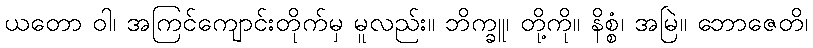
ယတော ဝါ၊ အကြင်ကျောင်းတိုက်မှ မူလည်း။ ဘိက္ခူ၊ တို့ကို။ နိစ္စံ၊ အမြဲ။ ဘောဇေတိ၊